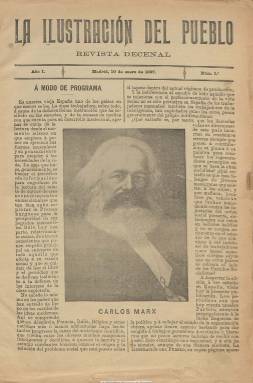
Título: La Ilustración del pueblo
Colección: Revistas de información general
Ámbito geográfico: Madrid
Lugar de publicación: Madrid
Fechas: 10/01/1897-31/03/1897

Está considerada como la primera revista con carácter vario literario y contenidos varios en la órbita del Partido Socialista Obrero Español (1879). Fue fundada y dirigida por el obrero tipógrafo y poeta Álvaro Ortiz Rozas (1855-1907), entusiasta militante y propagador de las ideas socialistas, colaborador de otros periódicos y que tendría que abandonar en 1903 la dirección de la publicación bilbaína La lucha de clases al quedarse ciego. Comienza a editarse el diez de enero de 1897, con el objeto de despertar la afición a la lectura de la clase trabajadora a través de textos doctrinales y de índole literaria (narraciones, cuentos o poemas), como contrapartida a la prensa burguesa, a la que acusaba de explotar los acontecimientos desde una óptica sensacionalista, y como complemento al semanario El socialista (1886), fundado y dirigido por Pablo Iglesias y que ya había pasado a ser propiedad del partido, dedicado íntegramente este a cuestiones políticas.

También La ilustración del pueblo, aparece como una empresa personal, sin respaldo oficial de la organización política, de la que fue propietario Ortiz. En entregas de ocho páginas, compuestas a dos columnas y con el subtítulo “revista decenal” (aparecía los días 10, 20 y último de cada mes), en su primera página insertará un destacado retrato de una personalidad del socialismo, empezando por el de Carlos Marx, al que añadirá una semblanza biográfica. Su primer número incluye también el artículo “Abolición de clases”, de Pablo Iglesias, y “Algunas observaciones sueltas sobre la actualidad cultural española”, de Miguel de Unamuno.

Tras los retratos y semblanzas, publica una “Crónica” de actualidad, firmadas por Lázaro Virto o Luis Aguirre, siguiéndole artículos o estudios sobre cuestiones sociales, culturales, educativas o doctrinales, en las que se defienden las ideas científicas del socialismo español, y los textos de creación literaria en prosa y en verso. Llega a insertar unas “Efemérides socialistas”, unas “Notas bibliográficas” y unas relaciones de monografías y publicaciones periódicas socialistas. Tendrá una breve sección de entretenimiento, con charadas, epigramas, fugas de vocales, etc., en donde inserta alguna viñeta.

Entre los firmantes de sus textos aparece el propio Ortiz, que escribió en prosa y verso en casi la totalidad de sus entregas, y además de los también citados  Virto y Aguirre, José Rozas y Luis Aguirre. Entre las firmas de sus poetas, aparecen las de Antonio Atienza, Pedro Subiela, Leopoldo Cano, Remigio Cabello y J. Pérez Casas.

Incluirá también textos de autores socialistas italianos, como F. Turati; franceses, como Paul Lafargue, G. Deville o el doctor A. Delon, y alemanes, como Augusto Bebel y K. Kautsky, y de Federico Engels.

Tras cumplir su primer trimestre en publicación con su número 9, correspondiente al 31 de marzo de 1897, modificará su cabecera por La ilustración popular. Véase este título en esta hemeroteca digital de la Biblioteca Nacional de España.